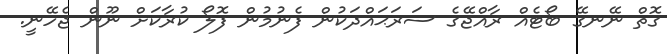
ގޮތް ނޭނގޭ ބޯޓެއް ރާއްޖޭގެ ސަރަޙައްދަކުން ފެނުމުން ފޮލޯ ކުރާކަށް ނޫން ޖެހޭނީ.